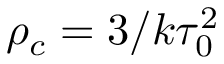
\rho _ { c } = 3 / k \tau _ { 0 } ^ { 2 }